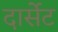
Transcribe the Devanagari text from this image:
दार्सेट